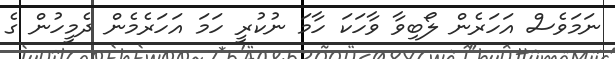
ނަމަވެސް އަހަރެން ލޯބިވާ ވާހަކަ ހާމަ ނުކުރީ ހަމަ އަހަރެމެން ދެމީހުން ގެ